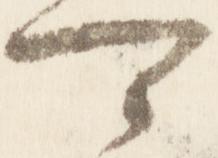
可